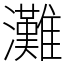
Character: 灘